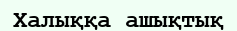
Халыққа ашықтық